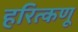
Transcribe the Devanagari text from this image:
हरित्कणू